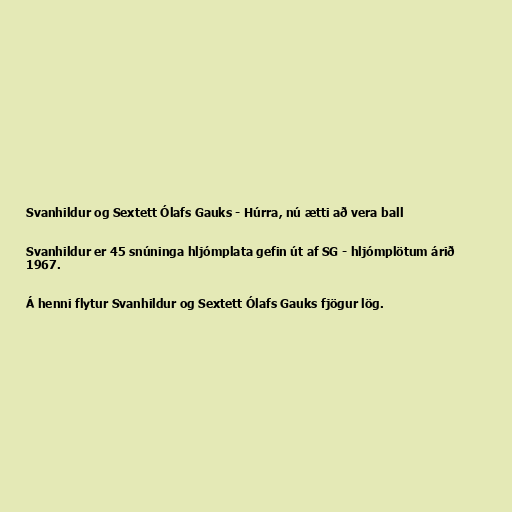
Svanhildur og Sextett Ólafs Gauks - Húrra, nú ætti að vera ball

Svanhildur er 45 snúninga hljómplata gefin út af SG - hljómplötum árið
1967.

Á henni flytur Svanhildur og Sextett Ólafs Gauks fjögur lög.